Indian journal of veterinary science and animal husbandry - Volumes 18-21, 1948-1951
Year: 1948
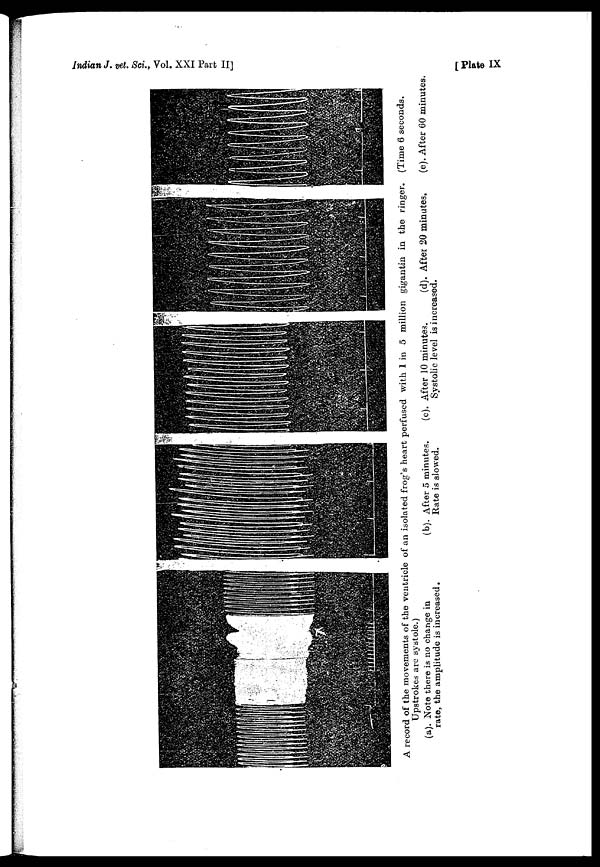
Indian J. vet. Sci., Vol. XXI Part II]
[
plate IX
A record of the movements of the ventricle of an isolated frog's heart perfused with 1 in 5 million gigantin in the ringer. (Time 6 seconds.
Upstrokes are systole.)
(a). Note there is no change in
rate, the amplitude is increased.
(b). After 5 minutes.
Rate is slowed.
(c). After 10 minutes.
Systolic level is increased.
(d). After 20 minutes.
(e). After 60 minutes.